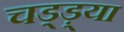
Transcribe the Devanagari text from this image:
चड्ड़्या